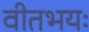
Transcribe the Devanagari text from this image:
वीतभयः